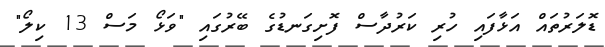
ޑޮލަރުތައް އަޅާފައި ހުރި ކަރުދާސް ފޮށިގަނޑުގެ ބޭރުގައި "ވަޅޯ މަސް 13 ކިލޯ"